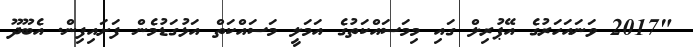
"2017 ވަނައަހަރުގެ އޭޕުރިލް ގައި މިމަސައްކަތުގެ އަމަލީ މަސައްކަތް އަޅުގަޑުމެން ފަށައިފިން. އެބޫދޫ